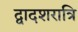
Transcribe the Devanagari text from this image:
द्वादशरात्रि